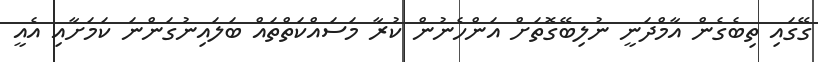
ގޭގައި ތިބެގެން އާމްދަނީ ނުލިބޭގޮތަށް އަންހެނުން ކުރާ މަސައްކަތްތައް ބަލައިނުގަންނަ ކަމަށާއި އެއީ